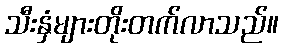
သီးနှံများတိုးတက်လာသည်။